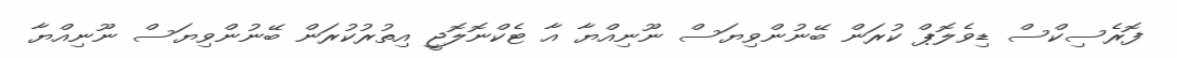
ފޮރެސިކްސް ޑިވެލޮޕް ކުރަން ބޭނުންވިޔަސް ނޫނިއްޔާ އާ ޓެކްނޮލޮޖީ އިތުރުކުރަން ބޭނުންވިޔަސް ނޫނިއްޔާ